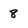
Character: 8